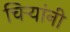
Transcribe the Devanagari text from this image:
चिर्‍यांनी